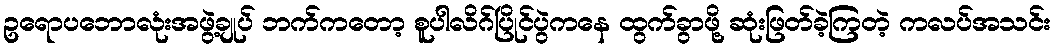
ဥရောပဘောလုံးအဖွဲ့ချုပ် ဘက်ကတော့ စူပါလိဂ်ပြိုင်ပွဲကနေ ထွက်ခွာဖို့ ဆုံးဖြတ်ခဲ့ကြတဲ့ ကလပ်အသင်း